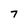
Character: 7